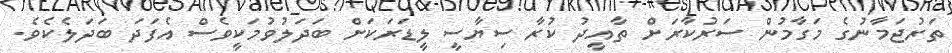
ތަރުޖަމާނުގެ މަގާމުން ސަރުކާރަށް ތާއީދު ކުރާ ސިޔާސީ ލީޑަރަކަށް ބަދަލުވުމަކީވެސް އެފަދަ ބަދަލެކެވެ.